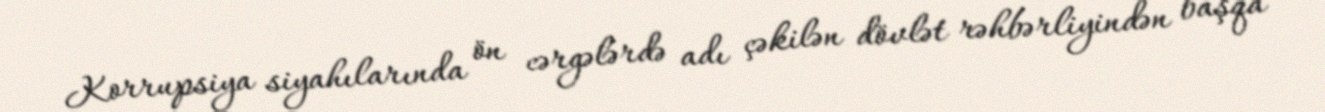
Korrupsiya siyahılarında ön cərgələrdə adı çəkilən dövlət rəhbərliyindən başqa